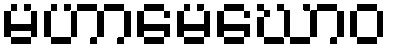
မဟာမေဃောဝ